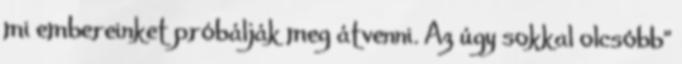
mi embereinket próbálják meg átvenni. Az úgy sokkal olcsóbb”